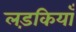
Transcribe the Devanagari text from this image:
लड़कियॉं